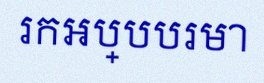
រកអប្បបរមា